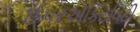
ઈપરએકિટવિટી